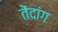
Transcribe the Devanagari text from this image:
तेंदांग